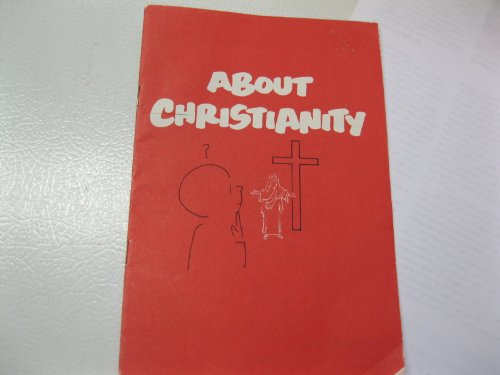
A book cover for About Christianity (A Scriptographic Booklet); Channing L. Bete; Health, Fitness & Dieting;